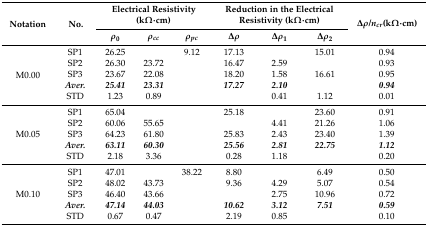
<table><thead><tr><td rowspan="2"><b>Notation</b></td><td rowspan="2"><b>No.</b></td><td colspan="3"><b>Electrical Resistivity (kΩ·cm)</b></td><td colspan="3"><b>Reduction in the Electrical Resistivity (kΩ·cm)</b></td><td rowspan="2"><b>Δ<i>ρ/n<sub>cr</sub></i>(kΩ·cm)</b></td></tr><tr><td><b><i>ρ</i><sub>0</sub></b></td><td><b><i>ρ<sub>cc</sub></i></b></td><td><b><i>ρ<sub>pc</sub></i></b></td><td><b>Δ<i>ρ</i></b></td><td><b>Δ<i>ρ</i><sub>1</sub></b></td><td><b>Δ<i>ρ</i><sub>2</sub></b></td></tr></thead><tbody><tr><td rowspan="5">M0.00</td><td>SP1</td><td>26.25</td><td>[EMPTY_CELL]</td><td>9.12</td><td>17.13</td><td>[EMPTY_CELL]</td><td>15.01</td><td>0.94</td></tr><tr><td>SP2</td><td>26.30</td><td>23.72</td><td>[EMPTY_CELL]</td><td>16.47</td><td>2.59</td><td>[EMPTY_CELL]</td><td>0.93</td></tr><tr><td>SP3</td><td>23.67</td><td>22.08</td><td>[EMPTY_CELL]</td><td>18.20</td><td>1.58</td><td>16.61</td><td>0.95</td></tr><tr><td><b><i>Aver.</i></b></td><td><b><i>25.41</i></b></td><td><b><i>23.31</i></b></td><td>[EMPTY_CELL]</td><td><b><i>17.27</i></b></td><td><b><i>2.10</i></b></td><td>[EMPTY_CELL]</td><td><b><i>0.94</i></b></td></tr><tr><td>STD</td><td>1.23</td><td>0.89</td><td>[EMPTY_CELL]</td><td>[EMPTY_CELL]</td><td>0.41</td><td>1.12</td><td>0.01</td></tr><tr><td rowspan="5">M0.05</td><td>SP1</td><td>65.04</td><td>[EMPTY_CELL]</td><td>[EMPTY_CELL]</td><td>25.18</td><td>[EMPTY_CELL]</td><td>23.60</td><td>0.91</td></tr><tr><td>SP2</td><td>60.06</td><td>55.65</td><td>[EMPTY_CELL]</td><td>[EMPTY_CELL]</td><td>4.41</td><td>21.26</td><td>1.06</td></tr><tr><td>SP3</td><td>64.23</td><td>61.80</td><td>[EMPTY_CELL]</td><td>25.83</td><td>2.43</td><td>23.40</td><td>1.39</td></tr><tr><td><b><i>Aver.</i></b></td><td><b><i>63.11</i></b></td><td><b><i>60.30</i></b></td><td>[EMPTY_CELL]</td><td><b><i>25.56</i></b></td><td><b><i>2.81</i></b></td><td><b><i>22.75</i></b></td><td><b><i>1.12</i></b></td></tr><tr><td>STD</td><td>2.18</td><td>3.36</td><td>[EMPTY_CELL]</td><td>0.28</td><td>1.18</td><td>[EMPTY_CELL]</td><td>0.20</td></tr><tr><td rowspan="5">M0.10</td><td>SP1</td><td>47.01</td><td>[EMPTY_CELL]</td><td>38.22</td><td>8.80</td><td>[EMPTY_CELL]</td><td>6.49</td><td>0.50</td></tr><tr><td>SP2</td><td>48.02</td><td>43.73</td><td>[EMPTY_CELL]</td><td>9.36</td><td>4.29</td><td>5.07</td><td>0.54</td></tr><tr><td>SP3</td><td>46.40</td><td>43.66</td><td>[EMPTY_CELL]</td><td>[EMPTY_CELL]</td><td>2.75</td><td>10.96</td><td>0.72</td></tr><tr><td><b><i>Aver.</i></b></td><td><b><i>47.14</i></b></td><td><b><i>44.03</i></b></td><td>[EMPTY_CELL]</td><td><b><i>10.62</i></b></td><td><b><i>3.12</i></b></td><td><b><i>7.51</i></b></td><td><b><i>0.59</i></b></td></tr><tr><td>STD</td><td>0.67</td><td>0.47</td><td>[EMPTY_CELL]</td><td>2.19</td><td>0.85</td><td>[EMPTY_CELL]</td><td>0.10</td></tr></tbody></table>